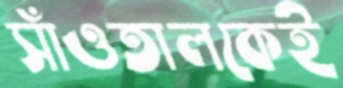
সাঁওতালকেই